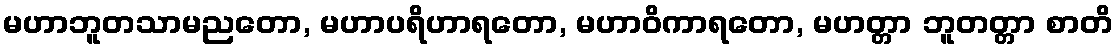
မဟာဘူတသာမညတော, မဟာပရိဟာရတော, မဟာဝိကာရတော, မဟတ္တာ ဘူတတ္တာ စာတိ